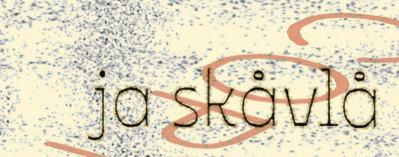
ja skåvlå